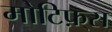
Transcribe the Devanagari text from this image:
मोटिफ़्स